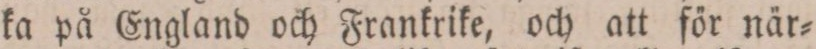
ka på England och Frankrike, och att för när=